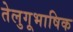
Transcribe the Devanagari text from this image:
तेलुगूभाषिक